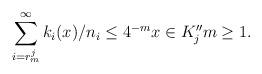
LaTeX: \begin{align*}\sum_{i=r^j_m}^\infty k_i(x)/n_i \le 4^{-m} x\in K''_j m\ge 1.\end{align*}